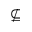
\nsubseteq